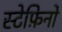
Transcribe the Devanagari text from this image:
स्टेफ़िनो